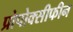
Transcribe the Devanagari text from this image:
प्रोपोक्सीफीन